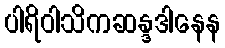
ပါရိဝါသိကဆန္ဒဒါနေန